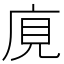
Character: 𢈥